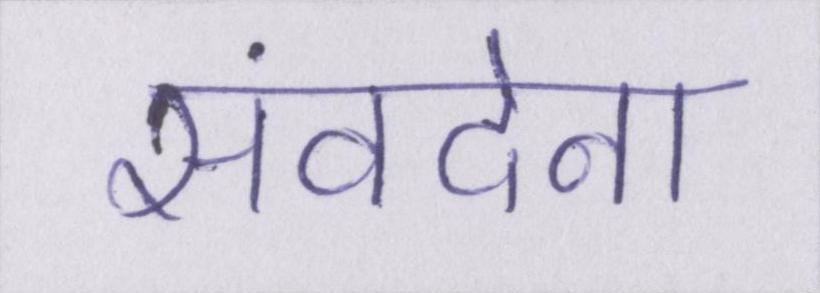
संवदेना